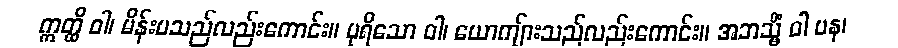
ဣတ္ထိ ဝါ၊ မိန်းမသည်လည်းကောင်း။ ပုရိသော ဝါ၊ ယောကျ်ားသည်လည်းကောင်း။ အဘသ္မိံ ဝါ ပန၊